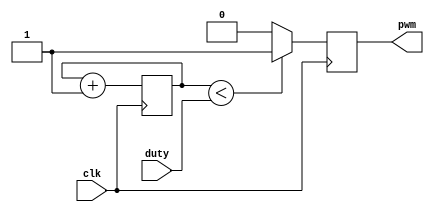
`timescale 1ns / 1ps

module PWM(
input clk,
input [7:0] duty,
output reg pwm);

reg [7:0] counter=0;

//simple pwm at 100MHZ/256, with variable duty
always@(posedge clk)
begin
counter <= counter +1;
if(counter<duty)
pwm <= 1;
else
pwm <= 0;
end



endmodule